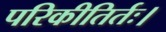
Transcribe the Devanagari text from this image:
परिकीतिर्तः।